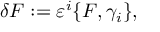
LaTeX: \delta F : = \varepsilon ^ { i } \{ F , \gamma _ { i } \} ,